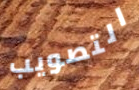
التصويب